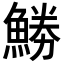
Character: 𩷼